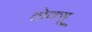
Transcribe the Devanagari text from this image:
तोक्सू